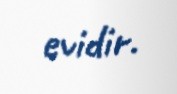
evidir.